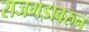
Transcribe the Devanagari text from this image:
राजगडावरुन